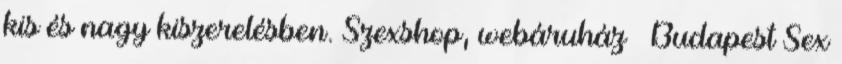
kis és nagy kiszerelésben. Szexshop, webáruház – Budapest Sex